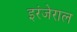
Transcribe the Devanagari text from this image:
इरंजेराल